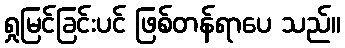
ရှုမြင်ခြင်းပင် ဖြစ်တန်ရာပေ သည်။